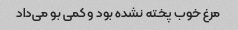
مرغ خوب پخته نشده بود و کمی بو می‌داد